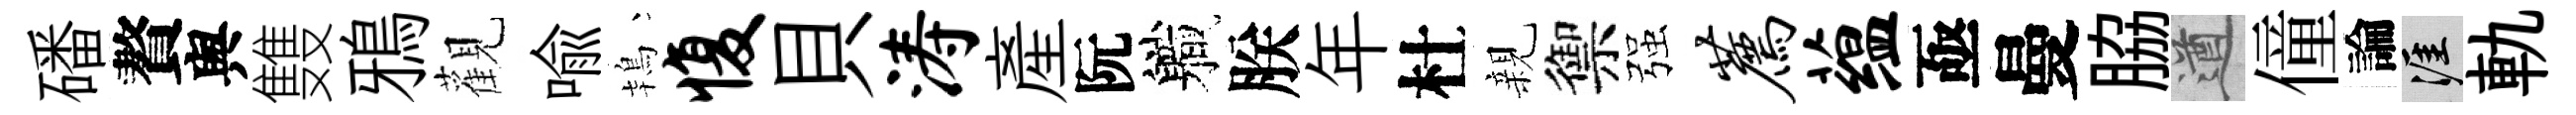
磻贅舆䨇鴉觀喻鴇愎貝涛産阮軄朕年杜親禦强荐蕴亟曼脇遒僮論涯軌